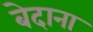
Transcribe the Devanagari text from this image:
बेदाना